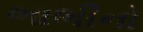
ભાભીનો